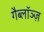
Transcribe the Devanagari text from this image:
गैब्लॉञ्ज़